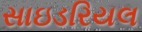
સાઇડરિયલ